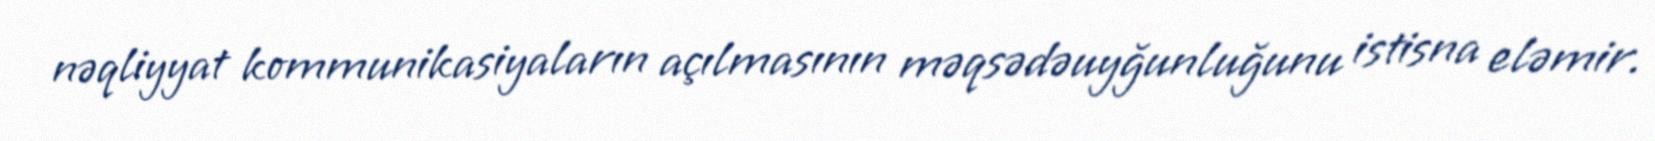
nəqliyyat kommunikasiyaların açılmasının məqsədəuyğunluğunu istisna eləmir.